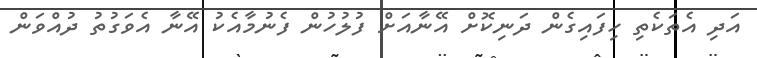
އަދި އެތަކެތި ހިފައިގެން ދަނިކޮށް އޭނާއަށް ފުލުހުން ފެނުމާއެކު އޭނާ އެވަގުތު ދުއްވަން